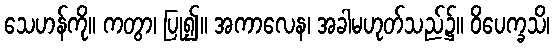
သေဟန်ကို။ ကတွာ၊ ပြု၍။ အကာလေန၊ အခါမဟုတ်သည်၌။ ဝိပေက္ခသိ၊